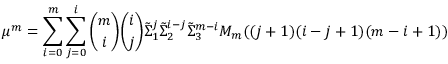
\mu ^ { m } = \sum _ { i = 0 } ^ { m } \sum _ { j = 0 } ^ { i } \binom { m } { i } \binom { i } { j } \tilde { \Sigma } _ { 1 } ^ { j } \tilde { \Sigma } _ { 2 } ^ { i - j } \tilde { \Sigma } _ { 3 } ^ { m - i } M _ { m } ( ( j + 1 ) ( i - j + 1 ) ( m - i + 1 ) )